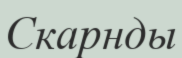
Скарнды